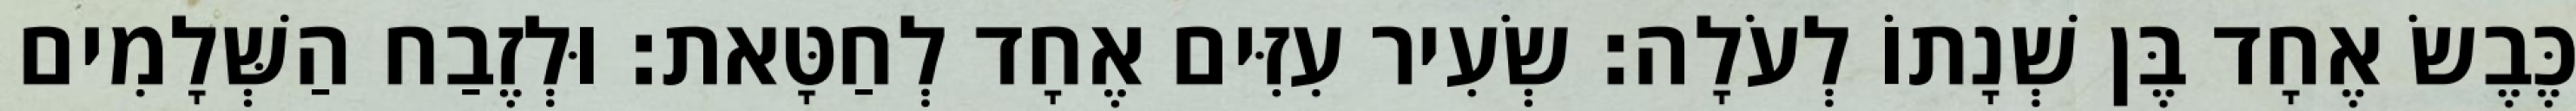
כֶּבֶשׂ אֶחָד בֶּן שְׁנָתוֹ לְעֹלָה׃ שְׂעִיר עִזִּים אֶחָד לְחַטָּאת׃ וּלְזֶבַח הַשְּׁלָמִים